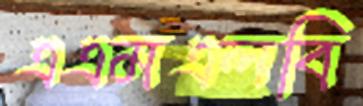
এএমএলবি